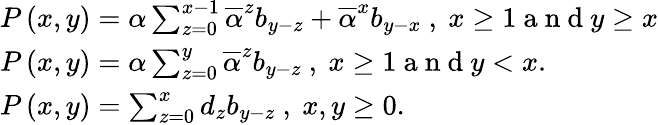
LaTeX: \begin{array}{l}{P\left(x,y\right)=\alpha\sum_{z=0}^{x-1}\overline{{\alpha}}^{z}b_{y-z}+\overline{{\alpha}}^{x}b_{y-x}\mathrm{~,~}x\geq 1\mathrm{~a~n~d~}y\geq x}\\ {P\left(x,y\right)=\alpha\sum_{z=0}^{y}\overline{{\alpha}}^{z}b_{y-z}\mathrm{~,~}x\geq 1\mathrm{~a~n~d~}y<x.}\\ {P\left(x,y\right)=\sum_{z=0}^{x}d_{z}b_{y-z}\mathrm{~,~}x,y\geq 0.}\end{array}